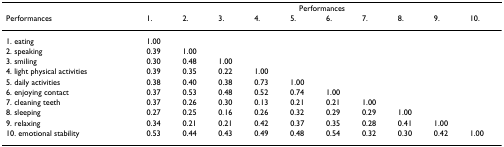
<table><thead><tr><td></td><td colspan="10"><b>Performances</b></td></tr><tr><td><b>Performances</b></td><td><b>1.</b></td><td><b>2.</b></td><td><b>3.</b></td><td><b>4.</b></td><td><b>5.</b></td><td><b>6.</b></td><td><b>7.</b></td><td><b>8.</b></td><td><b>9.</b></td><td><b>10.</b></td></tr></thead><tbody><tr><td>1. eating</td><td>1.00</td><td></td><td></td><td></td><td></td><td></td><td></td><td></td><td></td><td></td></tr><tr><td>2. speaking</td><td>0.39</td><td>1.00</td><td></td><td></td><td></td><td></td><td></td><td></td><td></td><td></td></tr><tr><td>3. smiling</td><td>0.30</td><td>0.48</td><td>1.00</td><td></td><td></td><td></td><td></td><td></td><td></td><td></td></tr><tr><td>4. light physical activities</td><td>0.39</td><td>0.35</td><td>0.22</td><td>1.00</td><td></td><td></td><td></td><td></td><td></td><td></td></tr><tr><td>5. daily activities</td><td>0.38</td><td>0.40</td><td>0.38</td><td>0.73</td><td>1.00</td><td></td><td></td><td></td><td></td><td></td></tr><tr><td>6. enjoying contact</td><td>0.37</td><td>0.53</td><td>0.48</td><td>0.52</td><td>0.74</td><td>1.00</td><td></td><td></td><td></td><td></td></tr><tr><td>7. cleaning teeth</td><td>0.37</td><td>0.26</td><td>0.30</td><td>0.13</td><td>0.21</td><td>0.21</td><td>1.00</td><td></td><td></td><td></td></tr><tr><td>8. sleeping</td><td>0.27</td><td>0.25</td><td>0.16</td><td>0.26</td><td>0.32</td><td>0.29</td><td>0.29</td><td>1.00</td><td></td><td></td></tr><tr><td>9. relaxing</td><td>0.34</td><td>0.21</td><td>0.21</td><td>0.42</td><td>0.37</td><td>0.35</td><td>0.28</td><td>0.41</td><td>1.00</td><td></td></tr><tr><td>10. emotional stability</td><td>0.53</td><td>0.44</td><td>0.43</td><td>0.49</td><td>0.48</td><td>0.54</td><td>0.32</td><td>0.30</td><td>0.42</td><td>1.00</td></tr></tbody></table>